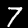
Digit: 7